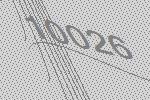
10026